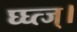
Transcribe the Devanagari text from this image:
घ्घ्त्ज्।